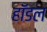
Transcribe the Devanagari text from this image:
हॉडल